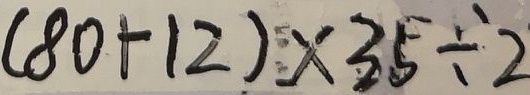
( 8 0 + 1 2 ) \times 3 5 \div 2